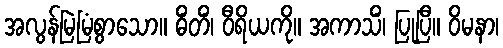
အလွန်မြဲမြံစွာသော။ ဓိံတိံ၊ ဝီရိယကို။ အကာသိံ၊ ပြုပြီ။ ဝိမနာ၊